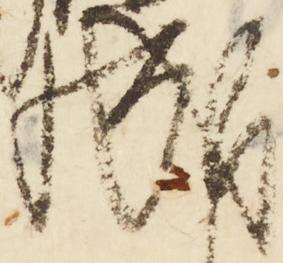
成